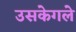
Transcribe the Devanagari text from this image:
उसकेगले